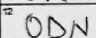
Transcription: ODN